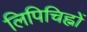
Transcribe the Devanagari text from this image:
लिपिचिह्नों